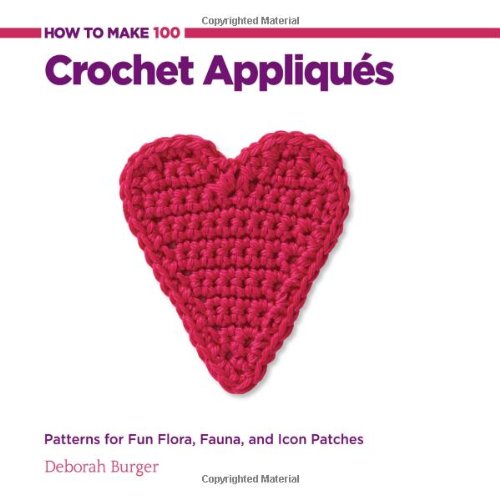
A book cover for How to Make 100 Crochet Appliques: Patterns for Fun Flora, Fauna, and Icon Patches; Deborah Burger; Crafts, Hobbies & Home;